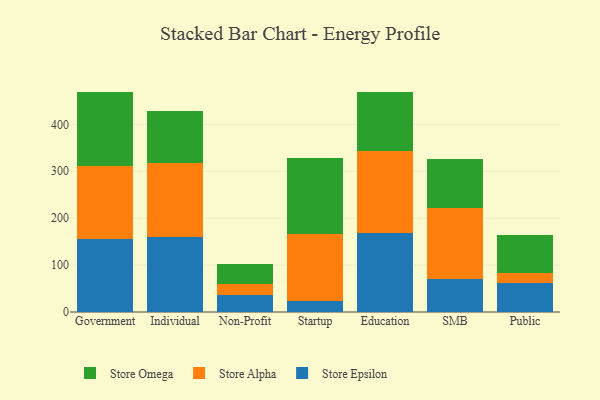
{"axis": {"x": "Segment", "y": "Waste Production (Tons)"}, "legend": ["Store Alpha", "Store Epsilon", "Store Omega"], "data": [{"x": "Government", "y": 154.6, "type": "Store Epsilon"}, {"x": "Government", "y": 155.6, "type": "Store Alpha"}, {"x": "Government", "y": 159.5, "type": "Store Omega"}, {"x": "Individual", "y": 160.5, "type": "Store Epsilon"}, {"x": "Individual", "y": 157.3, "type": "Store Alpha"}, {"x": "Individual", "y": 110.1, "type": "Store Omega"}, {"x": "Non-Profit", "y": 37.0, "type": "Store Epsilon"}, {"x": "Non-Profit", "y": 22.1, "type": "Store Alpha"}, {"x": "Non-Profit", "y": 43.2, "type": "Store Omega"}, {"x": "Startup", "y": 24.0, "type": "Store Epsilon"}, {"x": "Startup", "y": 142.6, "type": "Store Alpha"}, {"x": "Startup", "y": 162.4, "type": "Store Omega"}, {"x": "Education", "y": 169.0, "type": "Store Epsilon"}, {"x": "Education", "y": 173.7, "type": "Store Alpha"}, {"x": "Education", "y": 126.9, "type": "Store Omega"}, {"x": "SMB", "y": 70.5, "type": "Store Epsilon"}, {"x": "SMB", "y": 152.2, "type": "Store Alpha"}, {"x": "SMB", "y": 102.4, "type": "Store Omega"}, {"x": "Public", "y": 62.4, "type": "Store Epsilon"}, {"x": "Public", "y": 19.7, "type": "Store Alpha"}, {"x": "Public", "y": 81.1, "type": "Store Omega"}]}